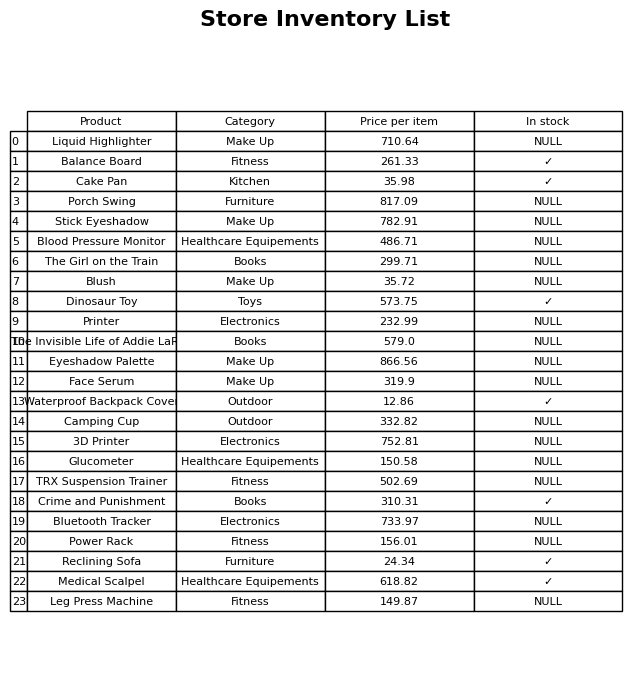
question: What is the stock status of the Printer?
answer: NULL